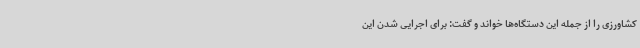
کشاورزی را از جمله این دستگاه‌ها خواند و گفت: برای اجرایی شدن این